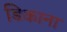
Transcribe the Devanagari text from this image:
डिकाना